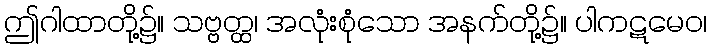
ဤဂါထာတို့၌။ သဗ္ဗတ္ထ၊ အလုံးစုံသော အနက်တို့၌။ ပါကဋမေဝ၊